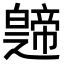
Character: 𤾤